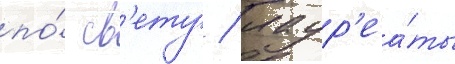
по́ св'ету / лаур'еа́ты